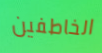
الخاطفين